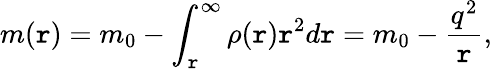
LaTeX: m(\mathtt{r})=m_{0}-\int_{\mathtt{r}}^{\infty}\rho(\mathtt{r})\mathtt{r}^{2}d\mathtt{r}=m_{0}-\frac{{q^{2}}}{{\mathtt{r}}},